Civil Veterinary Dept. Bombay admin report 1907-1913 - 1907-1913
Year: 1907
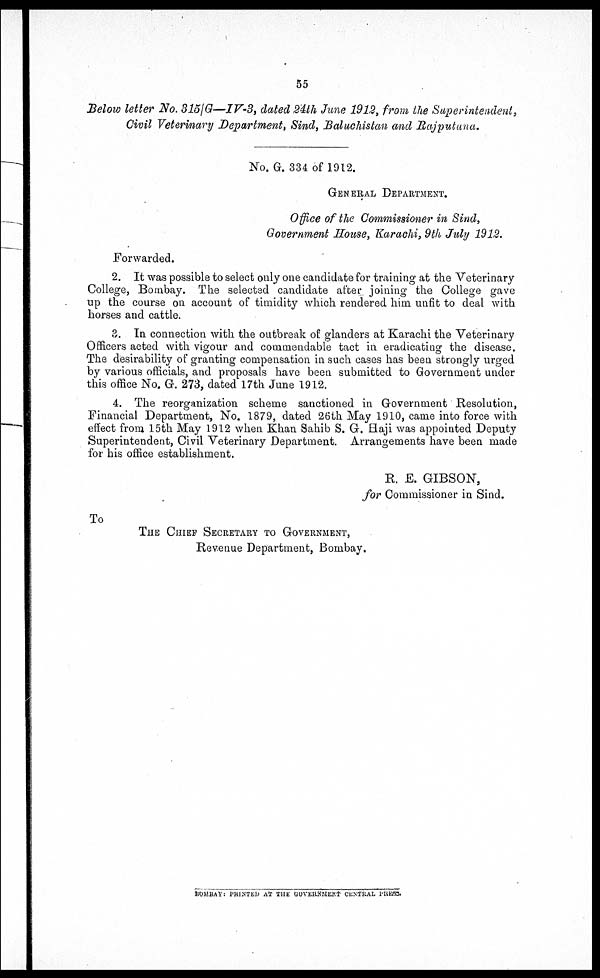
55
Below letter No. 315/G—IV-3, dated 24th June 1912, from the
Superintendent,
Civil Veterinary Department, Sind, Baluchistan and
Rajputana.
No. G. 334 of 1912.
GENERAL DEPARTMENT.
Office of the Commissioner in Sind,
Government House, Karachi, 9th July 1912.
Forwarded.
2. It was possible to select only one candidate for training at the Veterinary
College, Bombay. The selected candidate after joining the College gave
up the course on account of timidity which rendered him unfit to deal with
horses and cattle.
8. In connection with the outbreak of glanders at Karachi the Veterinary
Officers acted with vigour and commendable tact in eradicating the disease.
The desirability of granting compensation in such cases has been strongly urged
by various officials, and proposals have been submitted to Government under
this office No. G. 273, dated 17th June 1912.
4. The reorganization scheme sanctioned in Government Resolution,
Financial Department, No. 1879, dated 26th May 1910, came into force with
effect from 15th May 1912 when Khan Sahib S. G. Haji was appointed Deputy
Superintendent, Civil Veterinary Department. Arrangements have been made
for his office establishment.
R. E. GIBSON,
for Commissioner in Sind.
To
THE CHIEF SECRETARY TO GOVERNMENT,
Revenue Department, Bombay.
BOMBAY: PRINTED AT THE GOVERNMENT CENTRAL PRESS.